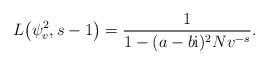
LaTeX: \begin{gather*} L\big(\psi_v^2, s-1\big) = \frac{1}{1 - (a-b{\rm i})^2 Nv^{-s}}.\end{gather*}